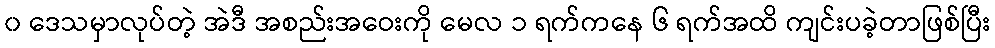
၀ ဒေသမှာလုပ်တဲ့ အဲဒီ အစည်းအဝေးကို မေလ ၁ ရက်ကနေ ၆ ရက်အထိ ကျင်းပခဲ့တာဖြစ်ပြီး